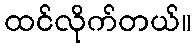
ထင်လိုက်တယ်။